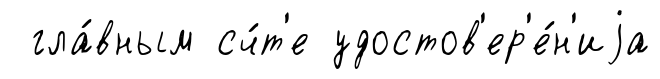
гла́вным сч́т'е удостов'ер'е́н'иjа